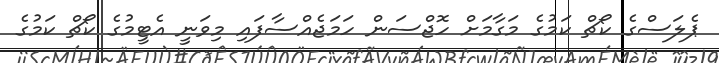
ޕެލަސްގެ ކޯޗް ކަމުގެ މަގާމަށް ހޮޖްސަން ހަމަޖެއްސާފައި މިވަނީ އެޓީމުގެ ކޯޗް ކަމުގެ